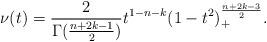
LaTeX: \begin{align*} \nu(t) = \frac 2{\Gamma(\frac{n+2k-1}2)} t^{1-n-k} (1-t^2)_+^{\frac{n+2k-3}2}. \end{align*}